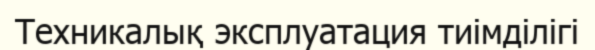
Техникалық эксплуатация тиімділігі